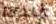
عندما